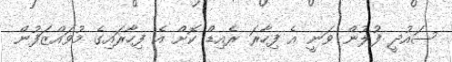
ސައުދީ ފުލުން ވަނީ އެ ފިހާރަ ރެއިޑް ކޮށް އެ ފިހާރައިގެ މުވައްޒަފުން